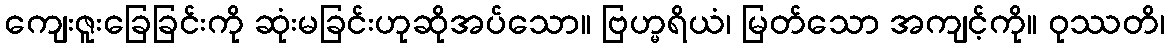
ကျေးဇူးခြေခြင်းကို ဆုံးမခြင်းဟုဆိုအပ်သော။ ဗြဟ္မရိယံ၊ မြတ်သော အကျင့်ကို။ ဝုဿတိ၊